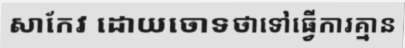
សាកែវ ដោយចោទថាទៅធ្វើការគ្មាន